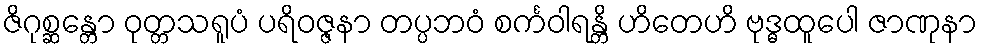
ဇိဂုစ္ဆန္တော ဝုတ္တသရူပံ ပရိဝဇ္ဇနာ တပ္ပဘဝံ စင်္ကဝါရန္တိ ဟိတေဟိ ဗုဒ္ဓထူပေါ ဇာဏုနာ